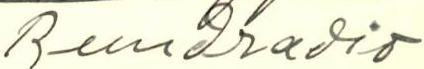
Rundradio